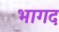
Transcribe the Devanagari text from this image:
भागद